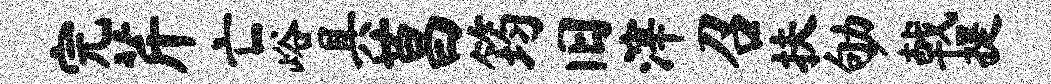
完芹亡峪具莒筠旧滓召扶劬戟提